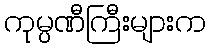
ကုမ္ပဏီကြီးများက